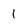
Character: 1